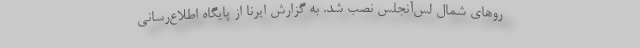
‌روهای شمال لس‌آنجلس نصب شد. به گزارش ایرنا از پایگاه اطلاع‌رسانی